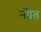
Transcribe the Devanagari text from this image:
नोाेत